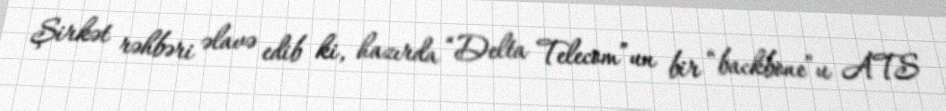
Şirkət rəhbəri əlavə edib ki, hazırda “Delta Telecom”un bir “backbone”u ATS